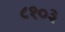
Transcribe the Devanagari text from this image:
८१०३